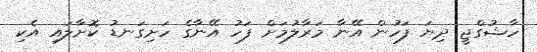
ހާޝުގްޖީ ދިޔަ ފަހުން އޭނާ މަރާލުމަށް ފަހު އޭނާގެ ހަށިގަނޑު ކޮށާލައި އެކި